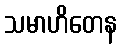
သမာဟိတေန